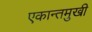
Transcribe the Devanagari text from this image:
एकान्तमुखी